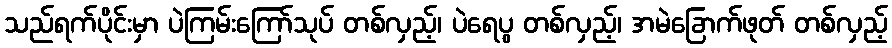
သည်ရက်ပိုင်းမှာ ပဲကြမ်းကြော်သုပ် တစ်လှည့်၊ ပဲရေပွ တစ်လှည့်၊ အမဲခြောက်ဖုတ် တစ်လှည့်